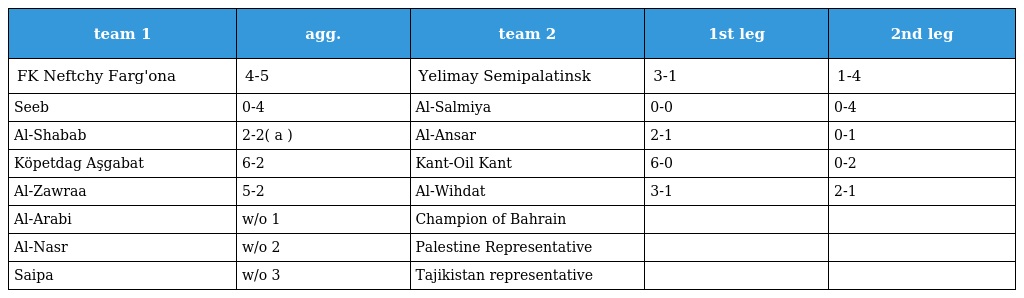
| team 1 | agg. | team 2 | 1st leg | 2nd leg |
 | --- | --- | --- | --- | --- |
 | FK Neftchy Farg'ona | 4-5 | Yelimay Semipalatinsk | 3-1 | 1-4 |
 | Seeb | 0-4 | Al-Salmiya | 0-0 | 0-4 |
 | Al-Shabab | 2-2( a ) | Al-Ansar | 2-1 | 0-1 |
 | Köpetdag Aşgabat | 6-2 | Kant-Oil Kant | 6-0 | 0-2 |
 | Al-Zawraa | 5-2 | Al-Wihdat | 3-1 | 2-1 |
 | Al-Arabi | w/o 1 | Champion of Bahrain |  |  |
 | Al-Nasr | w/o 2 | Palestine Representative |  |  |
 | Saipa | w/o 3 | Tajikistan representative |  |  |